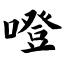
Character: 噔